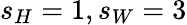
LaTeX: s_{H}=1,s_{W}=3